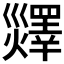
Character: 𤑹